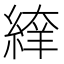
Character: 𦂡